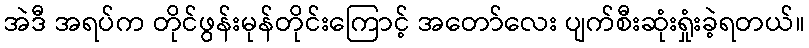
အဲဒီ အရပ်က တိုင်ဖွန်းမုန်တိုင်းကြောင့် အတော်လေး ပျက်စီးဆုံးရှုံးခဲ့ရတယ်။